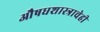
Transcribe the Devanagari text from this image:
औषधशास्त्राचेही